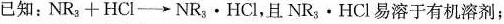
已知：$$NR_ { 3 } +HCl\rightarrow NR_ { 3 } \cdot HCl$$，且NR_ { 3 } \cdot HCl易溶于有机溶剂；